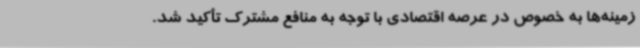
زمینه‌ها به خصوص در عرصه اقتصادی با توجه به منافع مشترک تأکید شد.